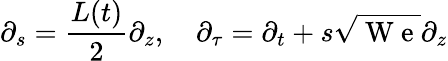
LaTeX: \partial_{s}=\frac{L(t)}2\partial_{z},\quad\partial_{\tau}=\partial_{t}+s\sqrt{\mathrm{~W~e~}}\partial_{z}